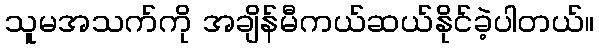
သူမအသက်ကို အချိန်မီကယ်ဆယ်နိုင်ခဲ့ပါတယ်။